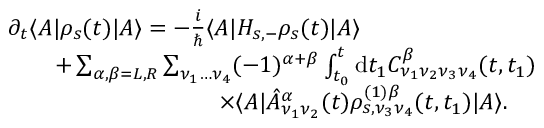
\begin{array} { r l } & { \partial _ { t } \langle A | \rho _ { s } ( t ) | A \rangle = - \frac { i } { \hbar } \langle A | H _ { s , - } \rho _ { s } ( t ) | A \rangle } \\ & { \qquad + \sum _ { \alpha , \beta = L , R } \sum _ { \nu _ { 1 } \dots \nu _ { 4 } } ( - 1 ) ^ { \alpha + \beta } \int _ { t _ { 0 } } ^ { t } \mathrm { d } t _ { 1 } C _ { \nu _ { 1 } \nu _ { 2 } \nu _ { 3 } \nu _ { 4 } } ^ { \beta } ( t , t _ { 1 } ) } \\ & { \qquad \qquad \qquad \qquad \quad \times \langle A | \hat { A } _ { \nu _ { 1 } \nu _ { 2 } } ^ { \alpha } ( t ) \rho _ { s , \nu _ { 3 } \nu _ { 4 } } ^ { ( 1 ) \beta } ( t , t _ { 1 } ) | A \rangle . } \end{array}